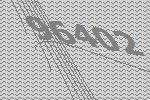
96402